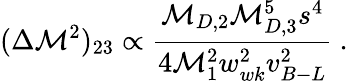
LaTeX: (\Delta\mathcal{M}^{2})_{23}\propto{\frac{{\mathcal{M}_{D,2}\mathcal{M}_{D,3}^{5}s^{4}}}{{4\mathcal{M}_{1}^{2}w_{wk}^{2}v_{B-L}^{2}}}}~.